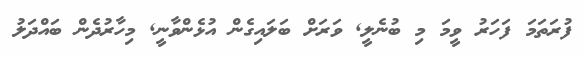
ފުރަތަމަ ފަހަރު ވީމަ މި ބުނެލީ